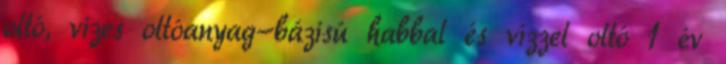
oltó, vizes oltóanyag-bázisú habbal és vízzel oltó 1 év